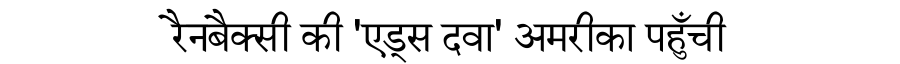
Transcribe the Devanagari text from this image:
रैनबैक्सी की 'एड्स दवा' अमरीका पहुँची